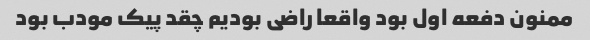
ممنون دفعه اول بود واقعا راضی بودیم چقد پیک مودب بود